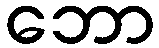
ဘော